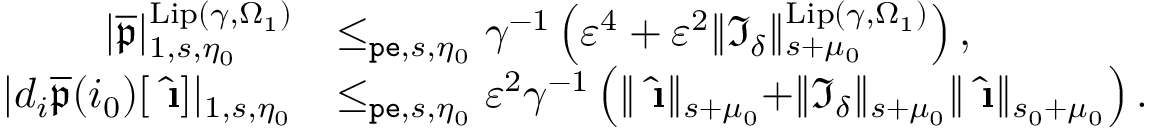
\begin{array} { r l } { | \overline { { \mathfrak { p } } } | _ { 1 , s , \eta _ { 0 } } ^ { \mathrm { L i p } ( \gamma , \Omega _ { 1 } ) } } & { \le _ { \mathtt { p e } , s , \eta _ { 0 } } \gamma ^ { - 1 } \left( \varepsilon ^ { 4 } + \varepsilon ^ { 2 } \rVert \mathfrak { I } _ { \delta } \rVert _ { s + \mu _ { 0 } } ^ { \mathrm { L i p } ( \gamma , \Omega _ { 1 } ) } \right) , } \\ { | d _ { i } \overline { { \mathfrak { p } } } ( i _ { 0 } ) [ \hat { \textbf { \i } } ] | _ { 1 , s , \eta _ { 0 } } } & { \le _ { \mathtt { p e } , s , \eta _ { 0 } } \varepsilon ^ { 2 } \gamma ^ { - 1 } \left( \rVert \hat { \textbf { \i } } \rVert _ { s + \mu _ { 0 } } + \rVert \mathfrak { I } _ { \delta } \rVert _ { s + \mu _ { 0 } } \rVert \hat { \textbf { \i } } \rVert _ { s _ { 0 } + \mu _ { 0 } } \right) . } \end{array}